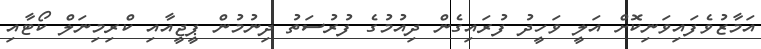
އަމާޒުވެފައިވަނިކޮށް އަލީ ވަހީދު ފުރައިގެން ދިއުމުގެ ފުރުސަތު ދިނުމުން ޕީޖީއާއި ކްރިމިނަލް ކޯޓާއި